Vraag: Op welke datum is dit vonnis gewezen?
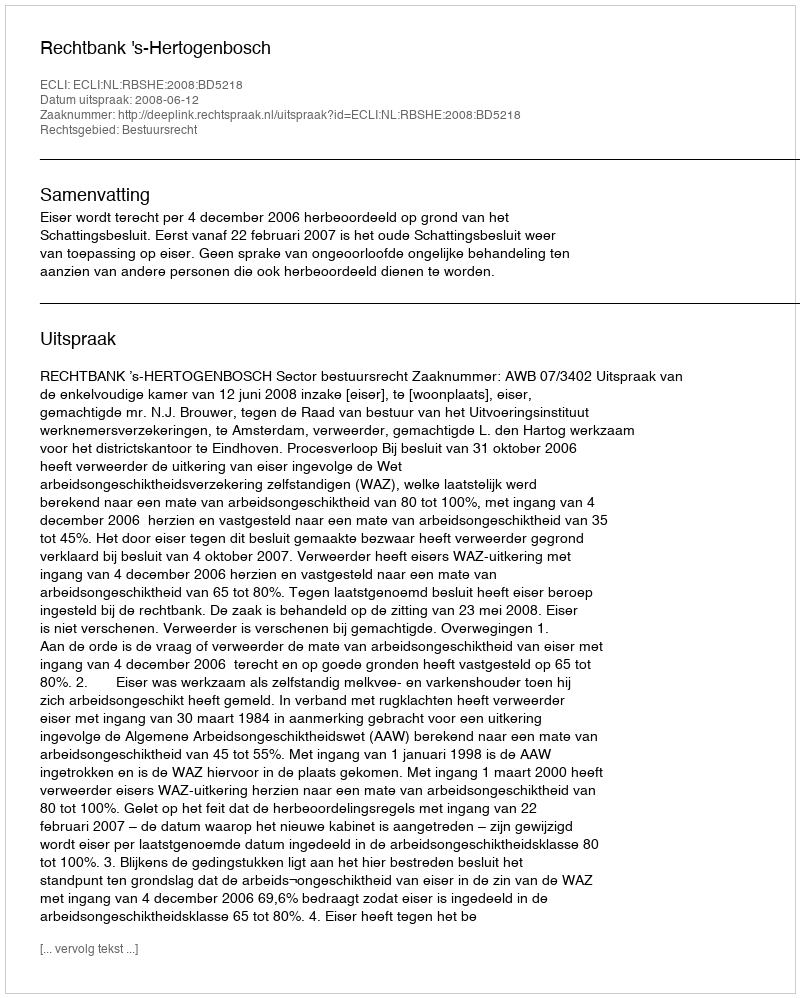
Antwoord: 2008-06-12